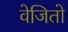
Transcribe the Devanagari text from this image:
वेजितो